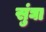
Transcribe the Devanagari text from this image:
सुंघा